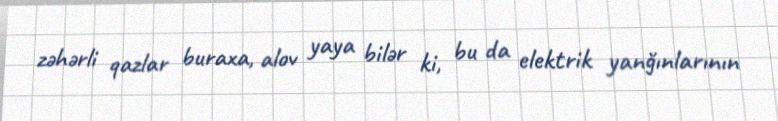
zəhərli qazlar buraxa, alov yaya bilər ki, bu da elektrik yanğınlarının